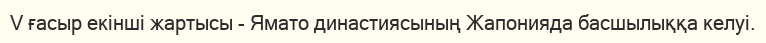
V ғасыр екінші жартысы - Ямато династиясының Жапонияда басшылыққа келуі.